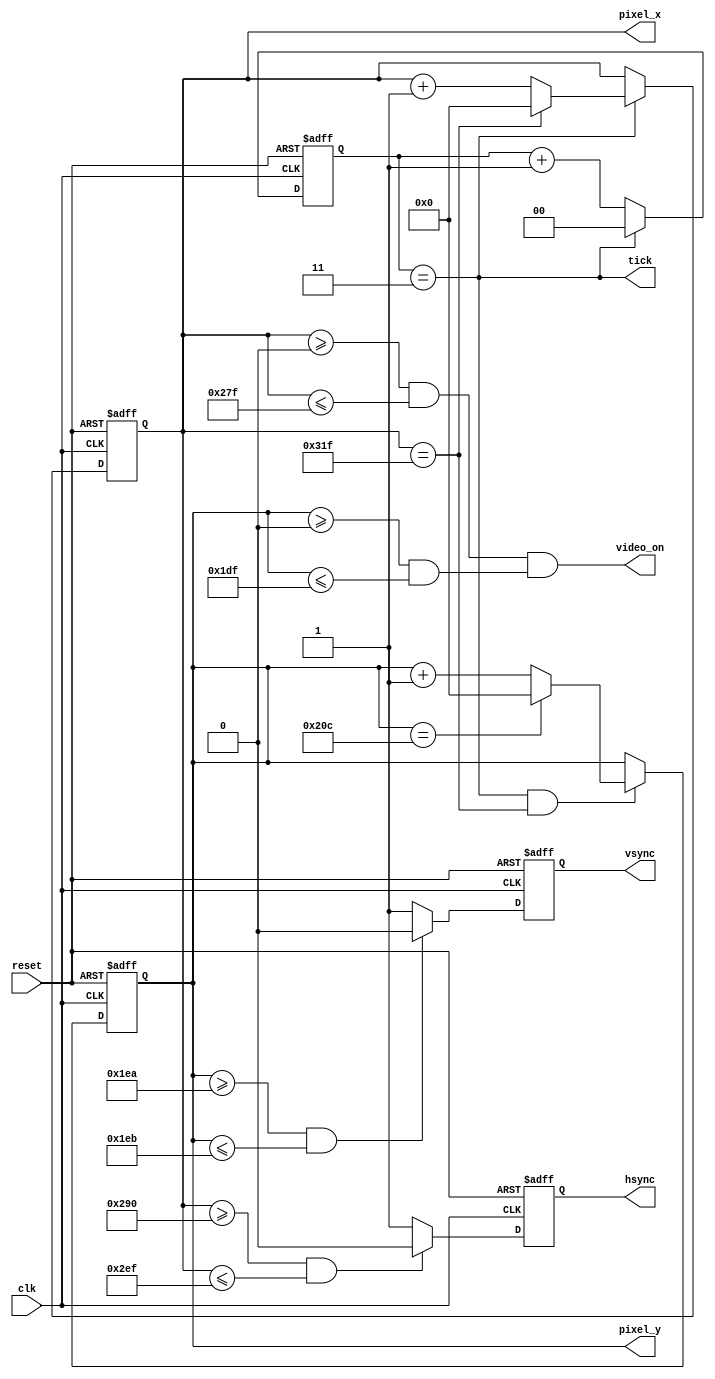
`timescale 1ns / 1ps
//****************************************************************// 
//                                                                // 
//  Created by       Thomas Nguyen on 10/07/18.                   // 
//  Copyright c 2018 Thomas Nguyen. All rights reserved.          // 
//                                                                // 
//                                                                // 
//  In submitting this file for class work at CSULB               // 
//  I am confirming that this is my work and the work             // 
//  of no one else. In submitting this code I acknowledge that    // 
//  plagiarism in student project work is subject to dismissal.   //  
//  from the class                                                // 
//****************************************************************// 
module vga_sync(clk, reset, hsync, vsync, video_on, pixel_x, pixel_y,
                tick);
input              clk, reset;
output             hsync, vsync, video_on, tick;
output       [9:0] pixel_x, pixel_y;
wire               pulse25Mhz, h_ss, v_ss, hend, vend;
reg                h_ss_r, v_ss_r;
reg          [1:0] count, count_r;
reg          [9:0] v_count, h_count, v_count_r, h_count_r;

// Conversion to 25MHz clock
assign pulse25Mhz = (count_r==2'b11);
  
always @(*)
  if(pulse25Mhz) count = 2'b0; else
            count = count_r + 2'b1;

// Sequential Logic      
always @(posedge clk or posedge reset)
  if(reset) begin
   count_r <= 2'b0; 
   h_count_r <= 10'd0;
   v_count_r <= 10'd0;
   h_ss_r <= 1'b0;
   v_ss_r <= 1'b0;
   end 
  else begin
   count_r <= count;
   h_count_r <= h_count;
   v_count_r <= v_count;
   h_ss_r <= h_ss;
   v_ss_r <= v_ss;
   end
   
// Assign Flags for when both Horizontal and Vertical
// Counts reach 799 and 524 counts
assign hend = (h_count_r == 10'd799);
assign vend = (v_count_r == 10'd524);

// Horizontal and Vertical Scan Counter
always @(*)
   if(pulse25Mhz)
      // Checks if horizontal counter is 799
      // Sets to 0 if true else increments
      if(hend)
         h_count = 10'b0;

      else
         // Increments Horizontal Count
         h_count = h_count_r + 10'b1;
   else
      h_count = h_count_r; // Horizontal Scan Count
      
always @(*)
   if((pulse25Mhz) && (hend))
      // Checks if Vertical Scan Counter is 524
      // Sets to 0 if true else increments
      if(vend)
         v_count = 10'b0;
      else
      // Increments Vertical Count
         v_count = v_count_r + 10'b1;
   else
      v_count = v_count_r; // Vertical Scan Count

// Assign Horizontal/Vertical Sync Signal for low active
// hsync is from 656 to 751 and vsync is from 490 to 491
assign h_ss = (h_count_r >= 10'd656)&&(h_count_r <= 10'd751)?1'b0:1'b1;
assign v_ss = (v_count_r >= 10'd490)&&(v_count_r <= 10'd491)?1'b0:1'b1;

// Assign Horizontal/Vertical video on for high active
// h_vo is from 0 to 639 and v_vo is from 0 to 479
assign h_vo = (h_count_r >= 10'd0)&&(h_count_r <= 10'd639);
assign v_vo = (v_count_r >= 10'd0)&&(v_count_r <= 10'd479);

// Assign Video On for when both h_vo and v_vo are active
assign video_on = (h_vo == 1'b1)&&(v_vo == 1'b1);

// Assign output location for the pixels
assign pixel_x = h_count_r;
assign pixel_y = v_count_r;

// Assign vysnc and hsync
assign hsync = h_ss_r;
assign vsync = v_ss_r;

// Assign tick
assign tick = pulse25Mhz;

endmodule